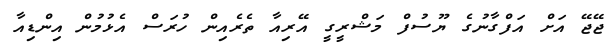
ޖޭޖޭ އަށް އަފްގާނުގެ ޔޫސުފް މަޝްރީގީ އޭރިއާ ތެރެއިން ހުރަސް އެޅުމުން އިންޑިއާ